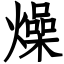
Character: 燥